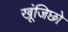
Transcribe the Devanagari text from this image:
खूंजिछो